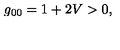
g _ { 0 0 } = 1 + 2 V > 0 ,